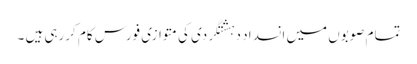
تمام صوبوں میں انسداد دہشتگردی کی متوازی فورس کام کررہی ہیں ۔